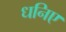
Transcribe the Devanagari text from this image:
धनिए